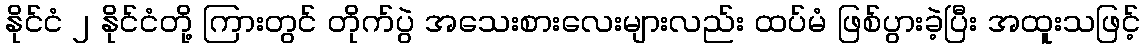
နိုင်ငံ ၂ နိုင်ငံတို့ ကြားတွင် တိုက်ပွဲ အသေးစားလေးများလည်း ထပ်မံ ဖြစ်ပွားခဲ့ပြီး အထူးသဖြင့်